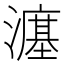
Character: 𪷲